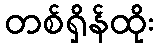
တစ်ရှိန်ထိုး